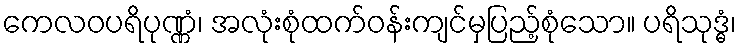
ကေလဝပရိပုဏ္ဏံ၊ အလုံးစုံထက်ဝန်းကျင်မှပြည့်စုံသော။ ပရိသုဒ္ဓံ၊